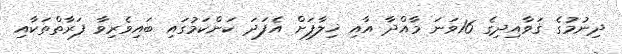
ދިނުމުގެ ޤަވާއިދިގެ 16ވަނަ މާއްދާ އާއި ޚިލާފަށް އެފަދަ ކަންކަމުގައި ބައިވެރިވާ ފަރާތްތަކާއި